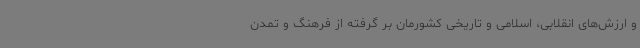
و ارزش‌های انقلابی، اسلامی و تاریخی کشورمان بر گرفته از فرهنگ و تمدن